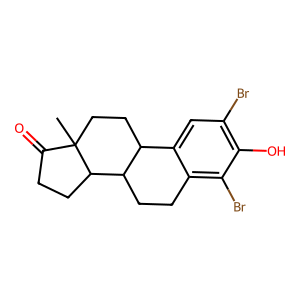
SMILES: CC12CCC3c4cc(Br)c(O)c(Br)c4CCC3C1CCC2=O
Inhibits HIV replication: No